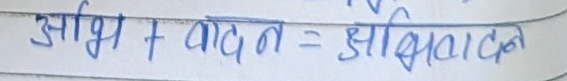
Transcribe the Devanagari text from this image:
आभि + वादन = अभिवादन